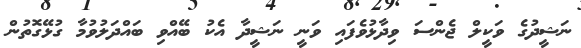
ނަޝީދުގެ ވަކީލް ޖެންސަ ވިދާޅުވެފައި ވަނީ ނަޝީދާ އެކު ބޭއްވި ބައްދަލުވުމާ ގުޅޭގޮތުން